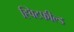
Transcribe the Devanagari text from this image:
ह्विटफील्ड